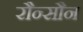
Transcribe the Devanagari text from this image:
रौन्सौन